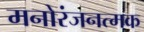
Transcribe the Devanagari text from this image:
मनोरंजनत्मक